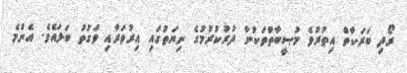
ރޯދި ބަރަކާތް އިތުރުވެ މުޞީބާތްތަކުން ދުރުކުރުމުގެ ނިޔަތުގައި އިރުވަރާއި ވަގުތު ބަލައެވެ. އެންމެ